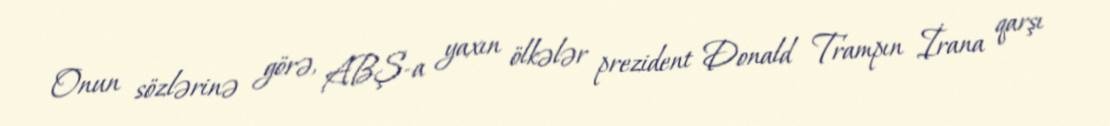
Onun sözlərinə görə, ABŞ-a yaxın ölkələr prezident Donald Trampın İrana qarşı